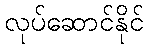
လုပ်ဆောင်နိုင်